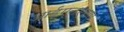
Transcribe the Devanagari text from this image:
आईएनएसए